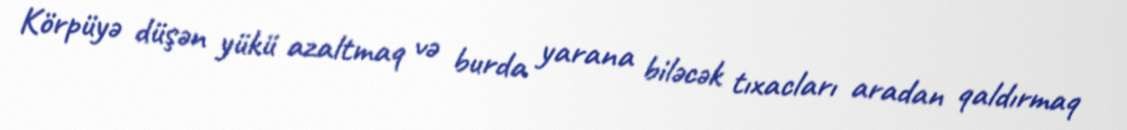
Körpüyə düşən yükü azaltmaq və burda yarana biləcək tıxacları aradan qaldırmaq